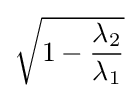
{\sqrt {1-{\frac {\lambda _{2}}{\lambda _{1}}}}}